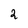
Character: 2